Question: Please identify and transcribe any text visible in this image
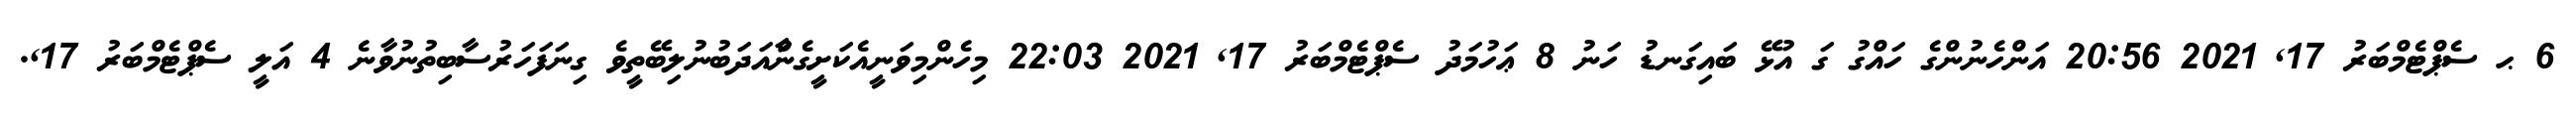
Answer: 6 ޙ ސެޕްޓެމްބަރު 17, 2021 20:56 އަންހެނުންގެ ހައްގު ގަ އުޅޭ ބައިގަނޑު ހަނު 8 ޢަހުމަދު ސެޕްޓެމްބަރު 17, 2021 22:03 މިހެންމިވަނީއެކަށީގެންާއަދަބުނުލިބޭތީވެ ގިނަފަހަރުސާބިތުނުވާނެ 4 އަލީ ސެޕްޓެމްބަރު 17,.